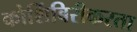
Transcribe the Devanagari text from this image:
कोशिंबिरीकरता